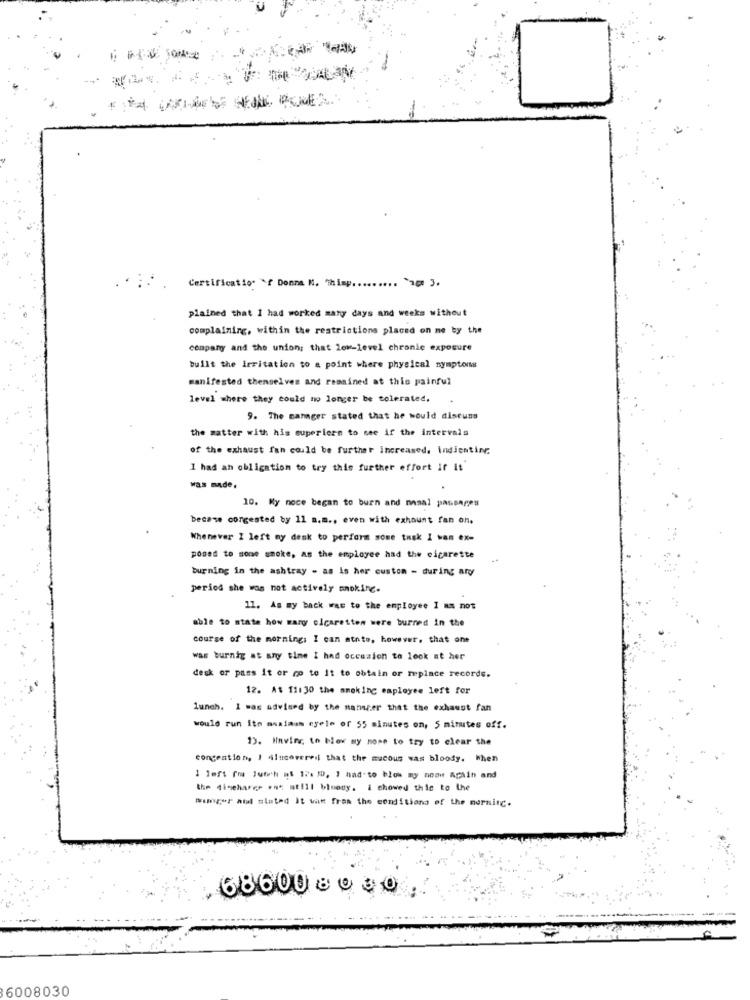
Certification f Donna N. Chimp ......... "20: 3.
plained that I had worked many days and weeks without
complaining, within the restrictions placed on ne by the
company and the union; that low-level chronic exposure
built the irritation to a point where physical symptoms
manifested themselves and remained at this painful
level where they could no longer be tolerated,
9. The manager stated that he would discuss
the matter with his superiorn to see if the intervals
of the exhaust fan could be further increased. indientirr.
I had an obligation to try this further effort If it
was made.
10. My noce began to burn and nasal passages
becase corgested by 11 a.m ., even with exhaust fan on.
Whenever I left my desk to perform some tusk I wan ex-
posed to some smoke, as the employee had the cigarette
burning in the ashtray - as is her custom - during ary
period she was not actively mokine.
11. As my back was to the employee I am not
able to mtate how many olcaretten were burned in the
course of the morning: I can atnto, however, that one
was burnig at any time I had occasion to look at her
desk or pass it or co to It to obtain or replace records.
12. At 11:30 the smoking employee left for
lunch. I was advised by the manager that the exhaust fan
would run itn assiman csele of 55 minutes on, 5 minutes off.
1). Having, to blow my mose to try to clear the
congestion, I discovered that the mucous was bloody. When
1 left (ma Jutich af 17. ID, I had-to blow my meow again and
the discharge ent at!ll bloody. i showed thic to the
Ringer atal miated it was from the conditions of the morning.
68600 80 30
6008030